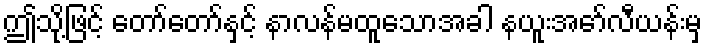
ဤသို့ဖြင့် တော်တော်နှင့် နာလန်မထူသောအခါ နယူးအော်လီယန်းမှ